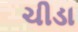
ચીડા